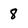
Character: 8